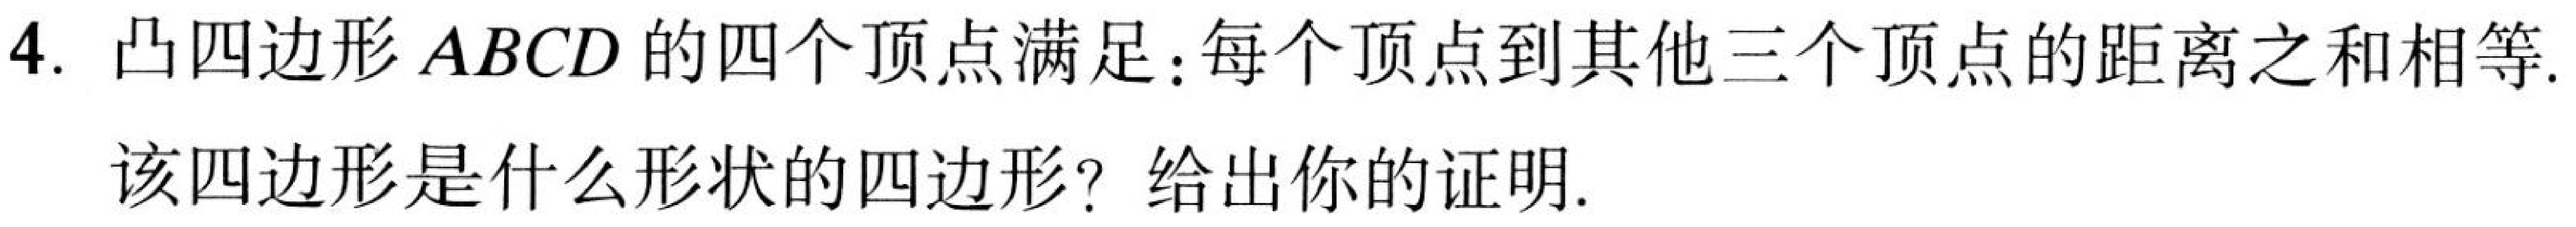
4. 凸四边形\(ABCD\)的四个顶点满足：每个顶点到其他三个顶点的距离之和相等.
该四边形是什么形状的四边形？给出你的证明.